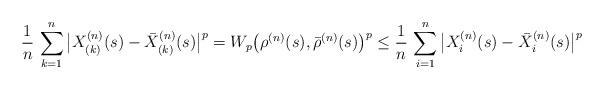
LaTeX: \begin{align*}\frac{1}{n}\,\sum_{k=1}^n \big|X^{(n)}_{(k)}(s)-\bar{X}^{(n)}_{(k)}(s)\big|^p=W_p\big(\rho^{(n)}(s),\bar{\rho}^{(n)}(s)\big)^p\le \frac{1}{n}\,\sum_{i=1}^n \big|X^{(n)}_i(s)-\bar{X}^{(n)}_i(s)\big|^p\end{align*}